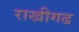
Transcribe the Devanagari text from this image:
राखीगढ